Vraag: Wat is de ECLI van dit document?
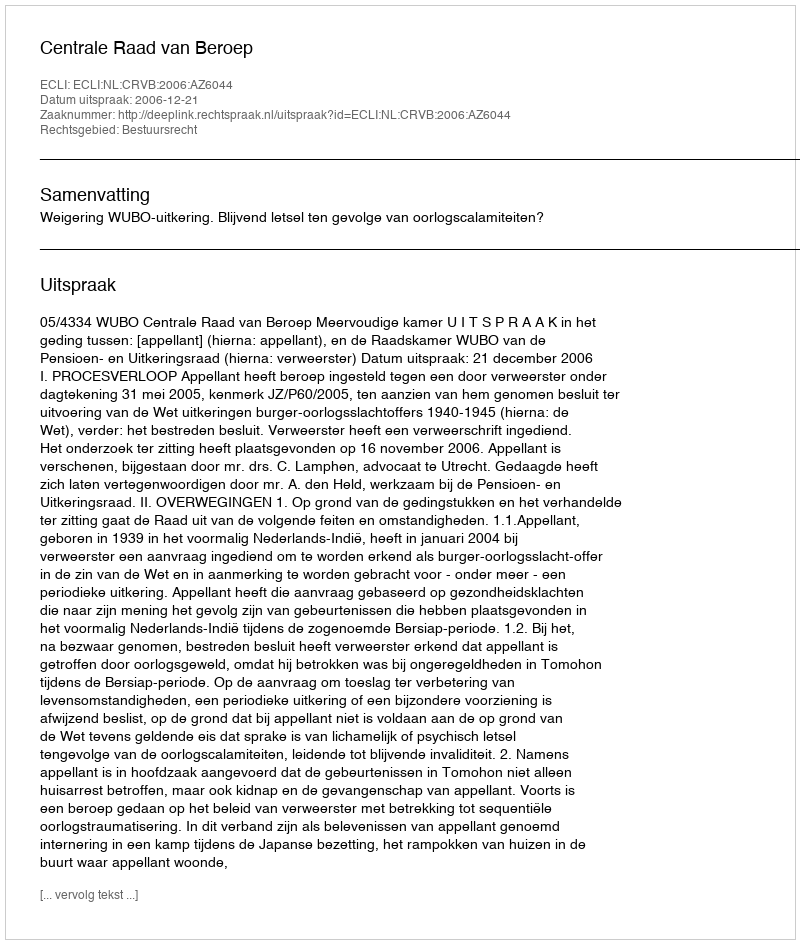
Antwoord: ECLI:NL:CRVB:2006:AZ6044